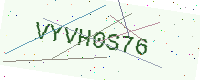
Text: VYVH0S76